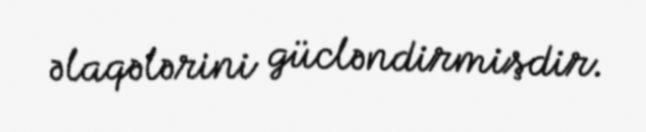
əlaqələrini gücləndirmişdir.